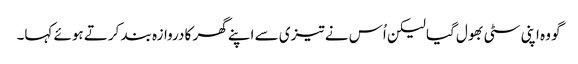
گو وہ اپنی سٹی بھول گیا لیکن اُس نے تیزی سے اپنے گھر کا دروازہ بند کرتے ہوئے کہا۔